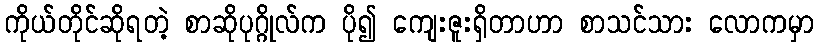
ကိုယ်တိုင်ဆိုရတဲ့ စာဆိုပုဂ္ဂိုလ်က ပို၍ ကျေးဇူးရှိတာဟာ စာသင်သား လောကမှာ